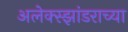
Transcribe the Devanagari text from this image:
अलेक्स्झांडराच्या